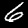
Digit: 6